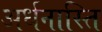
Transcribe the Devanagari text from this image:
अर्धनास्ति